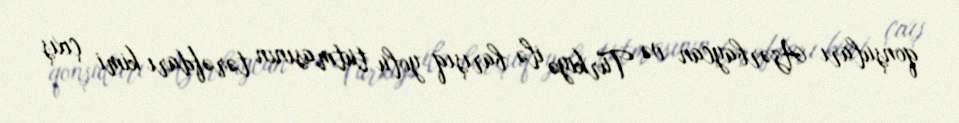
qonşuları Azərbaycan və Türkiyə ilə barışıq yolu tutmasının tərəfdarı kimi çıxış